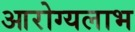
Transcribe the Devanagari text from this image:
आरोग्यलाभ